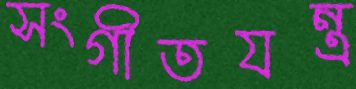
সংগীতযন্ত্র